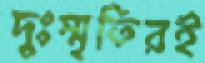
দুঃস্মৃতিরই